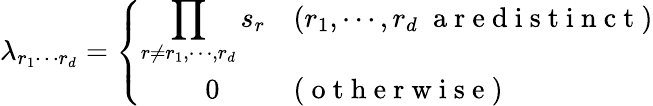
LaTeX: \lambda_{r_{1}\cdots r_{d}}=\left\{ \begin{array}{ll}{\displaystyle{\prod_{r\neq r_{1},\cdots,r_{d}}s_{r}}}&{(r_{1},\cdots,r_{d}\; \mathrm{~a~r~e~d~i~s~t~i~n~c~t~})}\\ {\quad\quad\; 0}&{(\mathrm{~o~t~h~e~r~w~i~s~e~})}\end{array}\right.